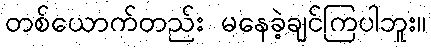
တစ်ယောက်တည်း မနေခဲ့ချင်ကြပါဘူး။